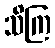
သိကြ